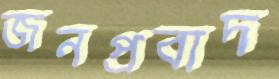
জনপ্রবাদ